Civil Veterinary Dept. Bombay admin report 1932-41 - 1932-1941
Year: 1932
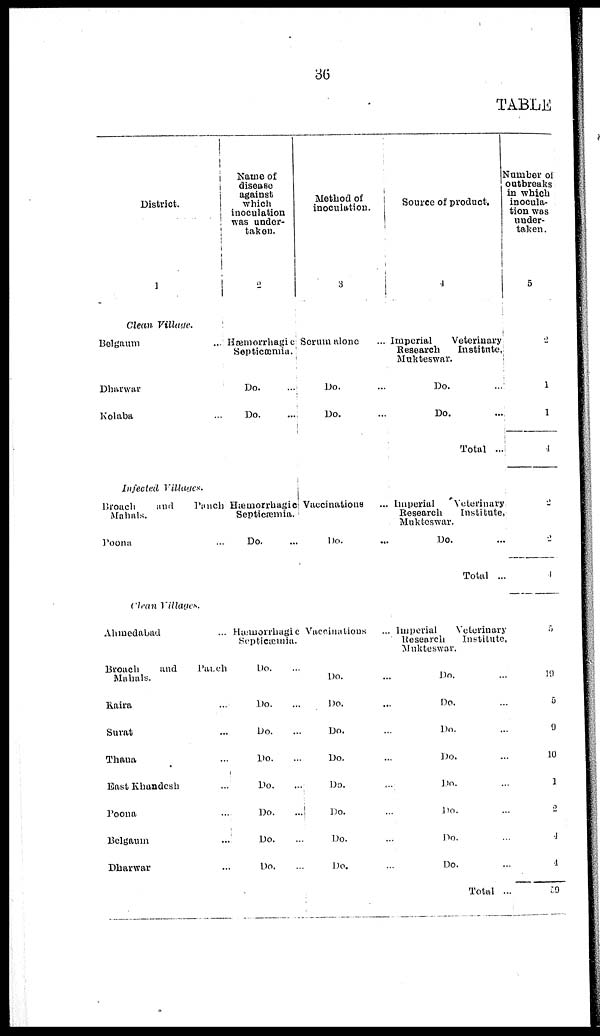
36
TABLE
District.
1
Clean
Villatge.
Belgaum ...
Dharwar ...
Kolaba ...
Infected
Villages.
Broach
and
Punch
Mahals.
Poona ...
Clean Villages.
Ahmedabad ...
Broach
and
Patch
Mahals.
Raira ...
Surat ...
Thana ...
East Khandeh ...
Poona ...
Belgaum ...
Dharwar ...
Name of
disease
against
which
inoculation
was under-
taken.
2
Hæmorrhagic
Septicæmia.
Do.
...
Do.
...
Hæmorrhagic
Septicæmia.
Do. ...
Hæmorrhagic
Septicæmia.
Do. ...
Do. ...
Do. ...
Do. ...
Do. ...
Do. ...
Do. ...
Do. ...
Method of
inoculation.
3
Serum alone ...
Do. ...
Do. ...
Vaccinations
Do. ...
Vaccinations ...
Do. ...
Do. ....
Do. ...
Do. ...
Do. ...
Do. ....
Do.
Do. ...
Source of product.
4
Imperial
Veterinary
Research
Institute,
Mukteswar.
Do.
...
Do.
...
Total ...
Imperial
Veterinary
Research
Institute,
Mukteswar.
Do. ...
Total ...
Imperial
Veterinary
Research
Institute,
Mukteswar.
Do. ...
Do. ...
Do. ...
Do. ...
Do. ...
Do. ...
Do. ...
Do. ...
Total ...
Number of
outbreaks
in which
inocula-
tion was
under-
taken.
5
2
1
1
1
2
2
4
5
19
5
9
10
1
2
4
4
59